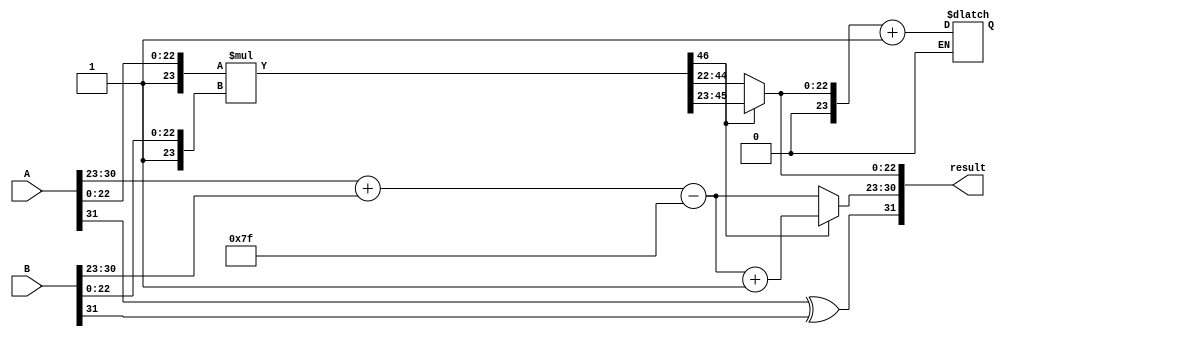
module floating_point_multiplier #(
    parameter E = 8, // Number of exponent bits
    parameter M = 23, // Number of mantissa bits
    parameter BIAS = (1 << (E - 1)) - 1 // Bias for exponent
)(
    input wire [E + M:0] A, // A = {S_A, E_A, F_A}
    input wire [E + M:0] B, // B = {S_B, E_B, F_B}
    output reg [E + M:0] result // result = {S_result, E_result, M_result}
);

    wire S_A = A[E + M]; // Sign bit of A
    wire S_B = B[E + M]; // Sign bit of B
    wire [E-1:0] E_A = A[E + M - 1:E + M - E]; // Exponent of A
    wire [E-1:0] E_B = B[E + M - 1:E + M - E]; // Exponent of B
    wire [M:0] F_A = {1'b1, A[M-1:0]}; // Mantissa of A (implicit leading 1)
    wire [M:0] F_B = {1'b1, B[M-1:0]}; // Mantissa of B (implicit leading 1)

    wire S_result; // Sign of the result
    wire [E:0] E_result; // Exponent of the result
    wire [2*M:0] P; // Product of mantissas
    wire [M:0] M_result; // Resulting mantissa (after normalization)
    wire [E:0] E_final; // Final exponent after normalization

    // Sign calculation
    assign S_result = S_A ^ S_B;

    // Exponent calculation
    assign E_result = E_A + E_B - BIAS;

    // Mantissa multiplication
    assign P = F_A * F_B;

    // Normalization
    always @(*) begin
        if (P[2*M] == 1) begin // If the product is greater than or equal to 2
            M_result = P[2*M-1:M]; // Shift right
            E_final = E_result + 1; // Increment exponent
        end else begin
            M_result = P[2*M-2:M-1]; // Use the lower part
            E_final = E_result; // Keep exponent the same
        end
    end

    // Rounding (simple round-to-nearest)
    always @(*) begin
        if (M_result[M] == 1) begin // If the last bit is 1, round up
            M_result = M_result + 1;
        end
    end

    // Output assignment
    always @(*) begin
        result = {S_result, E_final[E-1:0], M_result[M-1:0]};
    end

endmodule